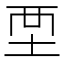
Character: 𡊹